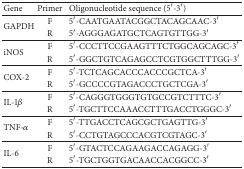
<table><thead><tr><td><b>Gene</b></td><td><b>Primer</b></td><td><b>Oligonucleotide sequence (5′-3′)</b></td></tr></thead><tbody><tr><td rowspan="2">GAPDH</td><td>F</td><td>5′-CAATGAATACGGCTACAGCAAC-3′</td></tr><tr><td>R</td><td>5′-AGGGAGATGCTCAGTGTTGG-3′</td></tr><tr><td rowspan="2">iNOS</td><td>F</td><td>5′-CCCTTCCGAAGTTTCTGGCAGCAGC-3′</td></tr><tr><td>R</td><td>5′-GGCTGTCAGAGCCTCGTGGCTTTGG-3′</td></tr><tr><td rowspan="2">COX-2</td><td>F</td><td>5′-TCTCAGCACCCACCCGCTCA-3′</td></tr><tr><td>R</td><td>5′-GCCCCGTAGACCCTGCTCGA-3′</td></tr><tr><td rowspan="2">IL-1<i>β</i></td><td>F</td><td>5′-CAGGGTGGGTGTGCCGTCTTTC-3′</td></tr><tr><td>R</td><td>5′-TGCTTCCAAACCTTTGACCTGGGC-3′</td></tr><tr><td rowspan="2">TNF-<i>α</i></td><td>F</td><td>5′-TTGACCTCAGCGCTGAGTTG-3′</td></tr><tr><td>R</td><td>5′-CCTGTAGCCCACGTCGTAGC-3′</td></tr><tr><td rowspan="2">IL-6</td><td>F</td><td>5′-GTACTCCAGAAGACCAGAGG-3′</td></tr><tr><td>R</td><td>5′-TGCTGGTGACAACCACGGCC-3′</td></tr></tbody></table>